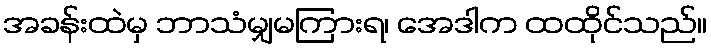
အခန်းထဲမှ ဘာသံမျှမကြားရ၊ အေဒါက ထထိုင်သည်။